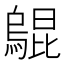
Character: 𤑎